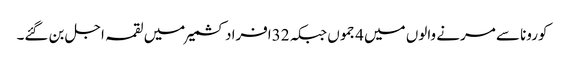
کورونا سے مرنے والوں میں 4جموں جبکہ 32افراد کشمیر میں لقمہ اجل بن گئے۔